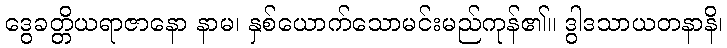
ဒွေခတ္တိယရာဇာနော နာမ၊ နှစ်ယောက်သောမင်းမည်ကုန်၏။ ဒွါဒသာယတနာနိ၊